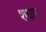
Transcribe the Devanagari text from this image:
शयान